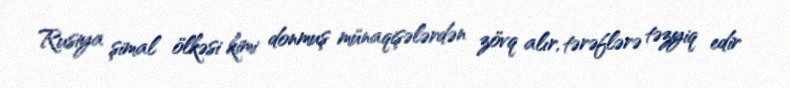
Rusiya şimal ölkəsi kimi donmuş münaqişələrdən zövq alır, tərəflərə təzyiq edir